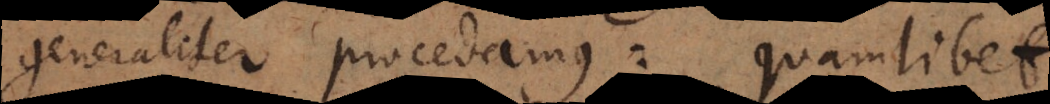
generaliter procedamus: quamlibet